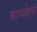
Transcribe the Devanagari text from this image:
कार्य्वाइयों